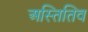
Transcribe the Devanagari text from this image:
अस्तितिव